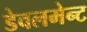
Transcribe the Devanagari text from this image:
डेवलमेन्ट